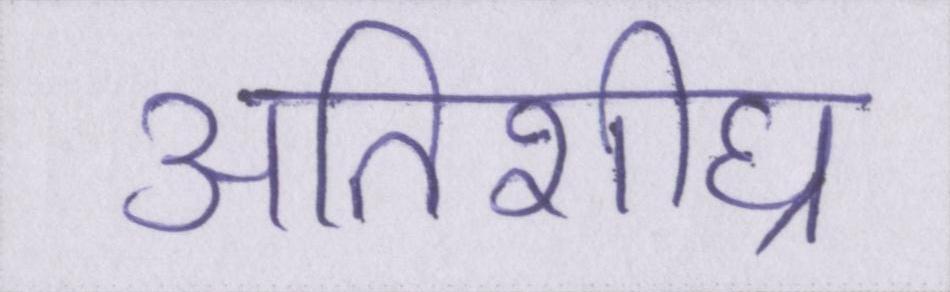
अतिशीघ्र